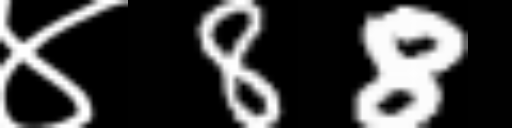
Text: ४88